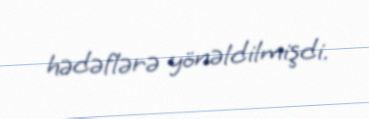
hədəflərə yönəldilmişdi.